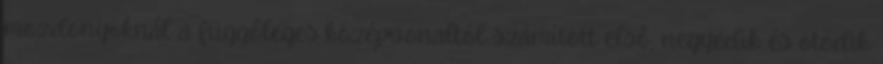
mozdonyoknál a függőleges középvonaltól számított első, negyedik és ötödik